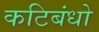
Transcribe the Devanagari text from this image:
कटिबंधो